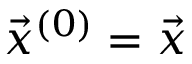
\Vec { x } ^ { ( 0 ) } = \Vec { x }